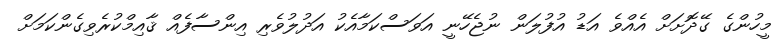
މީހުންގެ ގޭދޮށަށް އެއްވެ އަޑު އުފުލަން ނުޖެހޭނީ އަވަސްކަމާއެކު އަދުލުވެރި އިންސާފެއް ޤާއިމްކުރެވިގެންކަމަށް